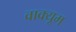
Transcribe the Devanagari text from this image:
वाक्यूम